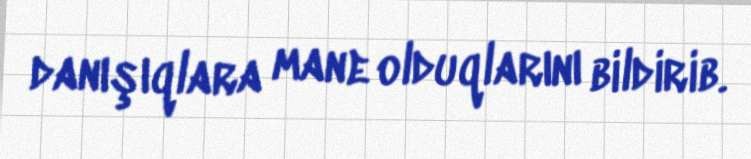
danışıqlara mane olduqlarını bildirib.